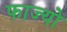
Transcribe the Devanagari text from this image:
फाज्यो